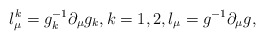
\begin{align*}l_\mu ^k=g_k^{-1}\partial _\mu g_k,k=1,2,l_\mu =g^{-1}\partial_\mu g,\end{align*}